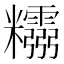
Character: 𥽮